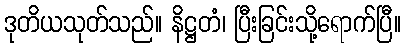
ဒုတိယသုတ်သည်။ နိဋ္ဌတံ၊ ပြီးခြင်းသို့ရောက်ပြီ။